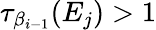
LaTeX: \tau_{\beta_{i-1}}(E_{j})>1